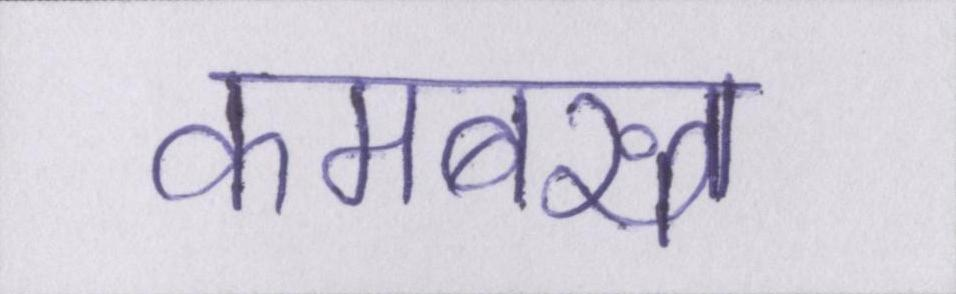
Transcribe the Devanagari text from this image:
कमबख्त